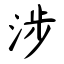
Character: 涉